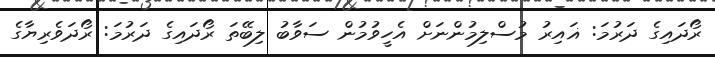
ރޯދައިގެ ދަރުމަ: ޣައިރު މުސްލިމުންނަށް އެހީވުމުން ސަވާބު ލިބޭތަ ރޯދައިގެ ދަރުމަ: ރޯދަވެރިޔާގެ